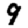
Digit: 9